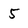
Character: 5